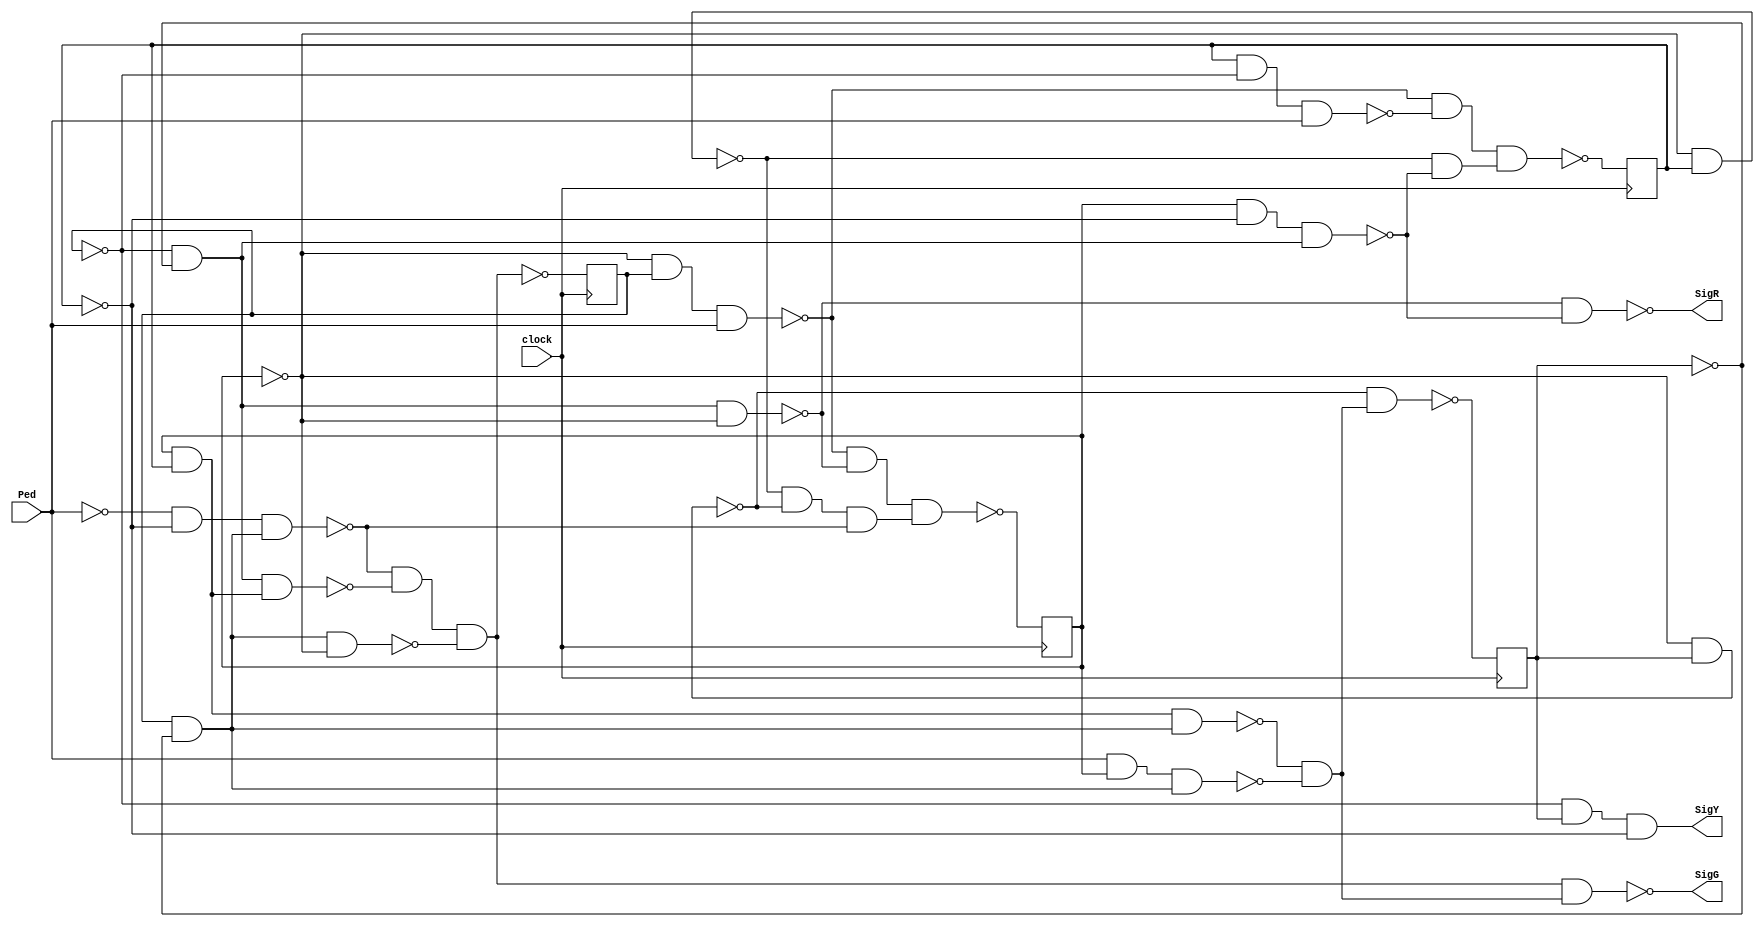
module stoplight(Ped,clock,SigG,SigY,SigR);
input Ped,clock;
output SigG,SigY,SigR;
reg S3,S2,S1,S0;
wire n13,n14,n15,n16,n17,n18,n19,n20,n21,n22,n23,n24,n25,n26,n27,n28,n29,n30,n31,n32,n33,n34,n35,n36,n38,n39,n40,n42,n41,n43,n44,n45,n47,n48,n49,n50,n52,n53,n54,n55,n56,n57,n58,n59,n60,n61,n62,n64,n65,n66,n67,NS0,NS1,NS2,NS3;
not g0(n13,S3);
and g1(n14,S2,n13);
and g2(n15,Ped,S0);
and g3(n16,n15,n14);
not g4(n17,n16);
and g5(n18,S0,S1);
and g6(n19,n18,n14);
not g7(n20,n19);
and g8(n21,n20,n17);
not g9(n22,S0);
and g10(n23,n14,n22);
not g11(n24,n23);
not g12(n25,S2);
and g13(n26,n25,n13);
and g14(n27,n26,n18);
not g15(n28,n27);
not g16(n29,S1);
not g17(n30,Ped);
and g18(n31,n30,n29);
and g19(n32,n31,n14);
not g20(n33,n32);
and g21(n34,n33,n28);
and g22(n35,n34,n24);
and g23(n36,n35,n21);
not g24(SigG,n36);
and g25(n38,n25,S3);
and g26(SigY,n38,n29);
and g27(n40,S0,n29);
and g28(n41,n40,n26);
not g29(n42,n41);
and g30(n43,n26,n22);
not g31(n44,n43);
and g32(n45,n44,n42);
not g33(SigR,n45);
and g34(n47,n22,S3);
not g35(n48,n47);
and g36(n49,n48,n21);
not g37(NS3,n49);
not g38(NS2,n35);
and g39(n52,n22,S1);
not g40(n53,n52);
and g41(n54,n53,n42);
and g42(n55,S1,n25);
and g43(n56,n55,Ped);
not g44(n57,n56);
and g45(n58,n22,S2);
and g46(n59,n58,Ped);
not g47(n60,n59);
and g48(n61,n60,n57);
and g49(n62,n61,n54);
not g50(NS1,n62);
and g51(n64,n53,n48);
and g52(n65,n64,n33);
and g53(n66,n60,n44);
and g54(n67,n66,n65);
not g55(NS0,n67);
always @(posedge clock) begin
S3<=NS3;
S2<=NS2;
S1<=NS1;
S0<=NS0;
end
endmodule